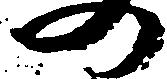
の